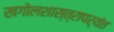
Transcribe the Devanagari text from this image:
खगोलशास्त्रापर्यंत